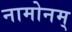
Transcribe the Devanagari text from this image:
नामोनम्